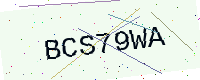
Text: BCS79WA